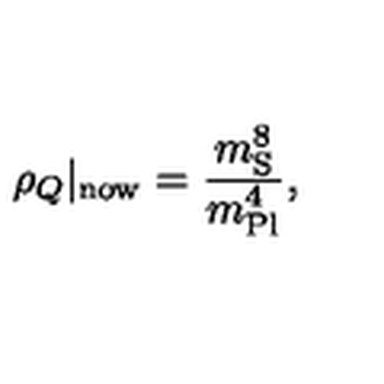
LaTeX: \rho _ { Q } \vert _ { \mathrm { n o w } } = \frac { m _ { \mathrm { S } } ^ { 8 } } { m _ { \mathrm { P l } } ^ { 4 } } ,